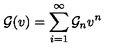
{ \cal G } ( v ) = \sum _ { i = 1 } ^ { \infty } { \cal G } _ { n } v ^ { n }